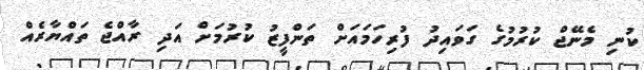
ކުނި މެނޭޖް ކުރުމުގެ ގަވައިދު ފުރިހަމައަށް ތަންފީޒު ކުރުމަށް އަދި ރާއްޖެ ތައްޔާރެއް